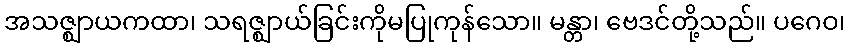
အသဇ္ဈာယကထာ၊ သရဇ္ဈာယ်ခြင်းကိုမပြုကုန်သော။ မန္တာ၊ ဗေဒင်တို့သည်။ ပဂေဝ၊